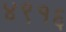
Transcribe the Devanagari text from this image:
४९१६